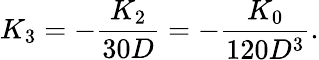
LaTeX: K_{3}=-\frac{K_{2}}{30D}=-\frac{K_{0}}{120D^{3}}.